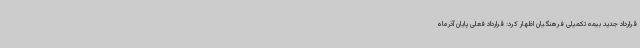
قرارداد جدید بیمه تکمیلی فرهنگیان اظهار کرد: قرارداد فعلی پایان آذرماه